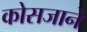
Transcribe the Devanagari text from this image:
कोसजाने